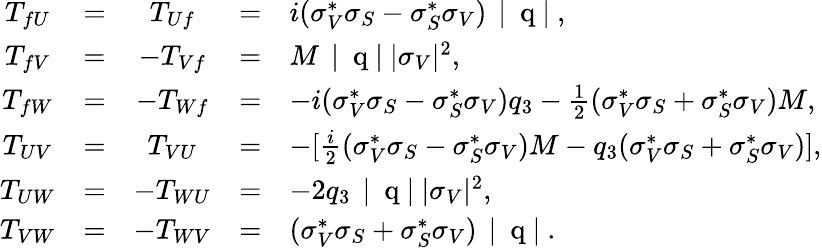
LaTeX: \begin{array}{ccccl}{{T_{fU}}}&{{=}}&{{T_{Uf}}}&{{=}}&{{i(\sigma_{V}^{\ast}\sigma_{S}-\sigma_{S}^{\ast}\sigma_{V})\mathrm{~\left|~{\mathbf~q}~\right|~},}}\\ {{T_{fV}}}&{{=}}&{{-T_{Vf}}}&{{=}}&{{M\mathrm{~\left|~{\mathbf~q}~\right|~}|\sigma_{V}|^{2},}}\\ {{T_{fW}}}&{{=}}&{{-T_{Wf}}}&{{=}}&{{-i(\sigma_{V}^{\ast}\sigma_{S}-\sigma_{S}^{\ast}\sigma_{V})q_{3}-\frac{1}{2}(\sigma_{V}^{\ast}\sigma_{S}+\sigma_{S}^{\ast}\sigma_{V})M,}}\\ {{T_{UV}}}&{{=}}&{{T_{VU}}}&{{=}}&{{-[\frac{i}{2}(\sigma_{V}^{\ast}\sigma_{S}-\sigma_{S}^{\ast}\sigma_{V})M-q_{3}(\sigma_{V}^{\ast}\sigma_{S}+\sigma_{S}^{\ast}\sigma_{V})],}}\\ {{T_{UW}}}&{{=}}&{{-T_{WU}}}&{{=}}&{{-2q_{3}\mathrm{~\left|~{\mathbf~q}~\right|~}|\sigma_{V}|^{2},}}\\ {{T_{VW}}}&{{=}}&{{-T_{WV}}}&{{=}}&{{(\sigma_{V}^{\ast}\sigma_{S}+\sigma_{S}^{\ast}\sigma_{V})\mathrm{~\left|~{\mathbf~q}~\right|~}.}}\end{array}